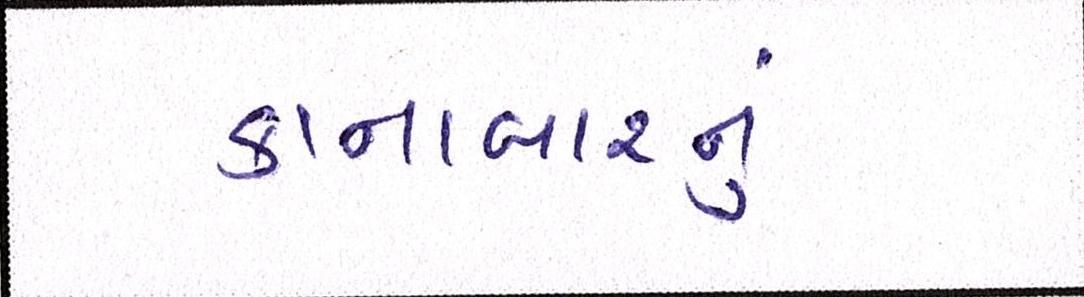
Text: કાનાબારનું